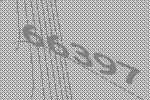
66397